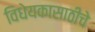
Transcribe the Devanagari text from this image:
विधेयकासाठीचे